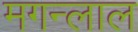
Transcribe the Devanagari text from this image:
मगन्लाल